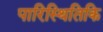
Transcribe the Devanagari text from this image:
पारिस्थितिकि